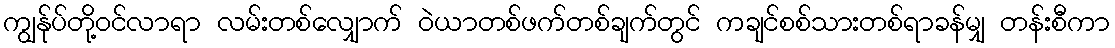
ကျွန်ုပ်တို့ဝင်လာရာ လမ်းတစ်လျှောက် ဝဲယာတစ်ဖက်တစ်ချက်တွင် ကချင်စစ်သားတစ်ရာခန်မျှ တန်းစီကာ